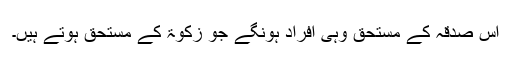
اس صدقہ کے مستحق وہی افراد ہونگے جو زکوٰۃ کے مستحق ہوتے ہیں۔